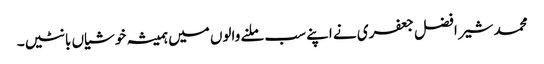
محمد شیر افضل جعفری نے اپنے سب ملنے والوں میں ہمیشہ خوشیاں بانٹیں۔